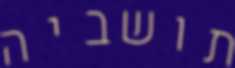
תושביה